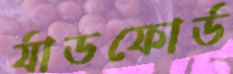
র‍্যাডফোর্ড